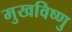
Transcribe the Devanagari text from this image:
मुखविष्णु